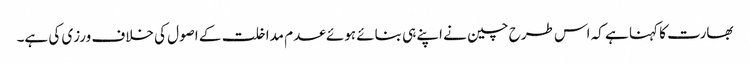
بھارت کا کہنا ہے کہ اس طرح چین نے اپنے ہی بنائے ہوئے عدم مداخلت کے اصول کی خلاف ورزی کی ہے۔